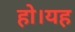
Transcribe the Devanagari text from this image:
हो।यह